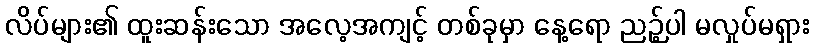
လိပ်များ၏ ထူးဆန်းသော အလေ့အကျင့် တစ်ခုမှာ နေ့ရော ညဉ့်ပါ မလှုပ်မရှား